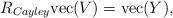
LaTeX: \begin{align*}\begin{aligned} R_{Cayley} {\rm vec}(V) &= {\rm vec}(Y),\end{aligned} \end{align*}